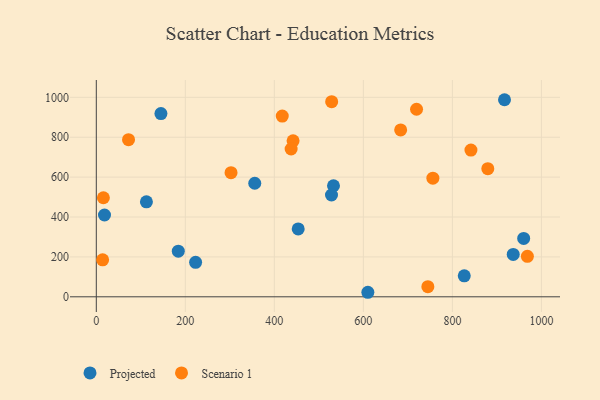
{"axis": {"x": "Study Hours", "y": "Rating"}, "legend": ["Projected", "Scenario 1"], "data": [{"x": "532.9", "y": 556.8, "type": "Projected"}, {"x": "917.1", "y": 988.0, "type": "Projected"}, {"x": "453.6", "y": 340.3, "type": "Projected"}, {"x": "112.6", "y": 476.2, "type": "Projected"}, {"x": "356.0", "y": 569.2, "type": "Projected"}, {"x": "826.7", "y": 105.0, "type": "Projected"}, {"x": "528.4", "y": 510.4, "type": "Projected"}, {"x": "184.2", "y": 228.6, "type": "Projected"}, {"x": "960.2", "y": 292.6, "type": "Projected"}, {"x": "18.4", "y": 410.0, "type": "Projected"}, {"x": "223.1", "y": 173.0, "type": "Projected"}, {"x": "610.1", "y": 22.7, "type": "Projected"}, {"x": "936.7", "y": 212.7, "type": "Projected"}, {"x": "145.2", "y": 918.4, "type": "Projected"}, {"x": "968.5", "y": 203.1, "type": "Scenario 1"}, {"x": "683.8", "y": 836.6, "type": "Scenario 1"}, {"x": "417.8", "y": 905.9, "type": "Scenario 1"}, {"x": "442.1", "y": 782.2, "type": "Scenario 1"}, {"x": "744.9", "y": 50.7, "type": "Scenario 1"}, {"x": "528.8", "y": 978.4, "type": "Scenario 1"}, {"x": "756.2", "y": 594.5, "type": "Scenario 1"}, {"x": "72.4", "y": 787.8, "type": "Scenario 1"}, {"x": "719.5", "y": 940.2, "type": "Scenario 1"}, {"x": "302.7", "y": 622.2, "type": "Scenario 1"}, {"x": "14.2", "y": 185.4, "type": "Scenario 1"}, {"x": "841.7", "y": 735.4, "type": "Scenario 1"}, {"x": "15.9", "y": 496.7, "type": "Scenario 1"}, {"x": "879.6", "y": 642.2, "type": "Scenario 1"}, {"x": "437.7", "y": 741.0, "type": "Scenario 1"}]}